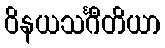
ဝိနယသင်္ဂီတိယာ